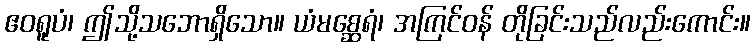
ဧဝရူပံ၊ ဤသို့သဘောရှိသော။ ယံမစ္ဆေရံ၊ အကြင်ဝန် တိုခြင်းသည်လည်းကောင်း။